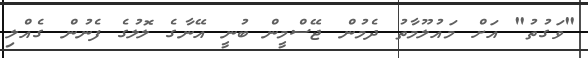
"ވަގުތު" އަށް މައުލޫމާތު ދެމުން ޖޭސްމީން ބުނީ އޭނާގެެ ލޮލުގެެ ފެެނުން ގެއްލި